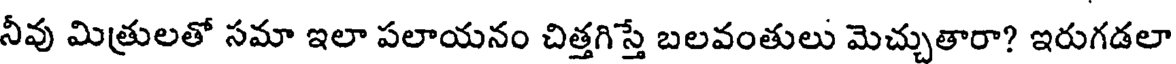
నీవు మిత్రులతో సమా ఇలా పలాయనం చిత్తగిస్తే బలవంతులు మెచ్చుతారా? ఇరుగడలా